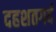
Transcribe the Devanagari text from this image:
दहशतगर्द